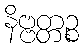
နိဗ္ဗတ္တဉ္စ